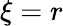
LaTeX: \xi=r